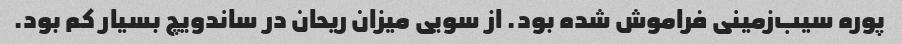
پوره سیب‌زمینی فراموش شده بود. از سویی میزان ریحان در ساندویچ بسیار کم بود.